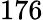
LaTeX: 176